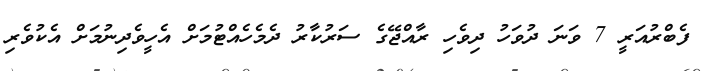
ފެބްރުއަރީ 7 ވަނަ ދުވަހު ދިވެހި ރާއްޖޭގެ ސަރުކާރު ދެމެހެއްޓުމަށް އެހީވެދިނުމަށް އެކުވެރި